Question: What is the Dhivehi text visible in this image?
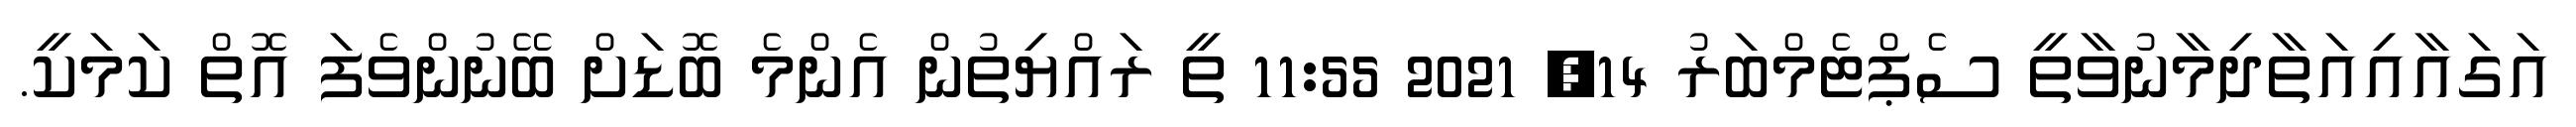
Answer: އަގައާއިއަތާދިމާނުވާތީ ސެޕްޓެމްބަރު 14, 2021 11:55 ތީ ރައްޔިތުން އެންމެ ބޮޑަށް ބޭނުންވެފަ އޮތް ކަމަކީ.